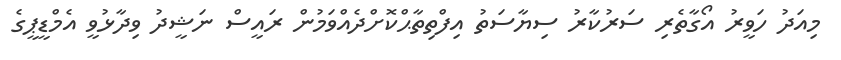
މިއަދު ހަވީރު އޯގާތެރި ސަރުކާރު ސިޔާސަތު އިފްތިތާޙްކޮށްދެއްވަމުން ރައީސް ނަޝީދު ވިދާޅުވީ އެމްޑީޕީގެ